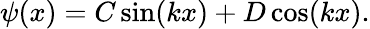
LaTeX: \psi(x)=C\sin(kx)+D\cos(kx).